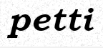
petti